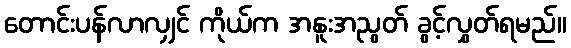
တောင်းပန်လာလျှင် ကိုယ်က အနူးအညွတ် ခွင့်လွှတ်ရမည်။